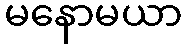
မနောမယာ